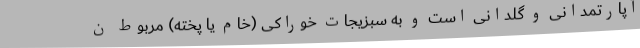
آپارتمدانی و گلدانی است و به سبزیجات خوراکی (خام یا پخته) مربوط ن